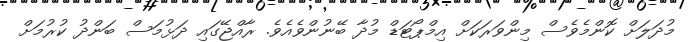
މުދަލަށް ކޮންމެވެސް މިންވަރަކަށް އިމްޕޯޓަޑް މުދާ ބޭނުންވެއެވެ. ރާއްޖޭގައި ދަޅުމަސް ބަންދު ކުރުމަށް